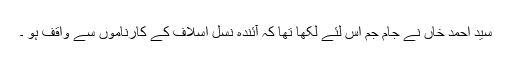
سید احمد خاں نے جام جم اس لئے لکھا تھا کہ آئندہ نسل اسلاف کے کارناموں سے واقف ہو ۔